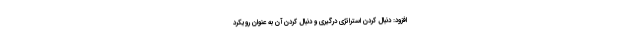
افزود: دنبال کردن استراتژی درگیری و دنبال کردن آن به عنوان رویکرد